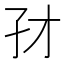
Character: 𰌜